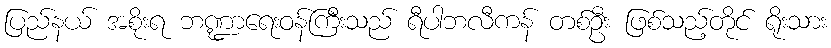
ပြည်နယ် အစိုးရ ဘဏ္ဍာရေးဝန်ကြီးသည် ရီပါဘလီကန် တစ်ဦး ဖြစ်သည့်တိုင် ရိုးသား